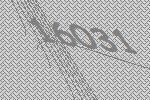
16031